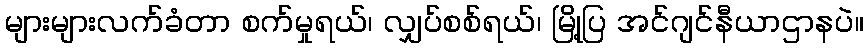
များများလက်ခံတာ စက်မှုရယ်၊ လျှပ်စစ်ရယ်၊ မြို့ပြ အင်ဂျင်နီယာဌာနပဲ။